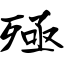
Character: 殛